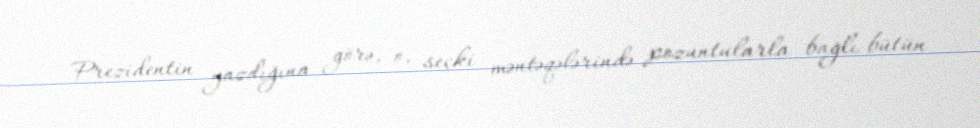
Prezidentin yazdığına görə, o, seçki məntəqələrində pozuntularla bağlı bütün